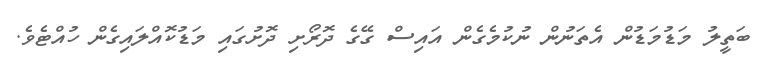
ބަތީލު މަޑުމަޑުން އެތަނުން ނުކުމެގެން އައިސް ގޭގެ ދޮރޯށި ދޮށުގައި މަޑުކޮއްލައިގެން ހުއްޓެވެ.